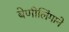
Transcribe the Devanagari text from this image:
बेणीलिंगाने